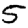
Digit: 5